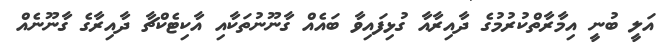
އަލީ ބުނީ އިމާރާތްކުރުމުގެ ދާއިރާއާ ގުޅިފައިވާ ބައެއް ގާނޫނުތަކާއި އާކިޓެކްޗާ ދާއިރާގެ ގާނޫނެއް